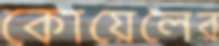
কোয়েলের